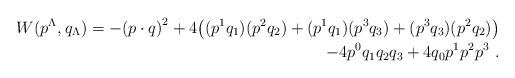
LaTeX: \begin{align*} W(p^\Lambda ,q_\Lambda) =-{(p\cdot q)}^2+4\bigl ((p^1q_1)(p^2q_2)+(p^1q_1)(p^3q_3)+(p^3q_3)(p^2q_2)\bigr )\\ - 4 p^0 q_1 q_2 q_3 + 4q_0 p^1 p^2 p^3 \ .\end{align*}